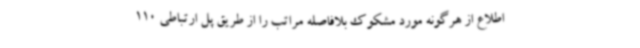
اطلاع از هرگونه مورد مشکوک بلافاصله مراتب را از طریق پل ارتباطی 110